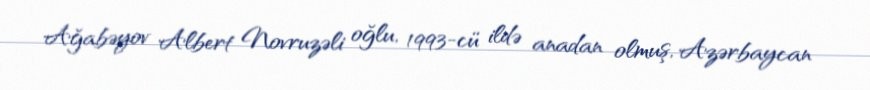
Ağabəyov Albert Novruzəli oğlu, 1993-cü ildə anadan olmuş, Azərbaycan